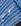
كم